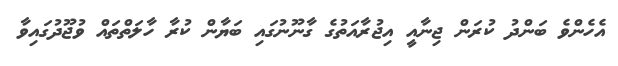
އެހެންވެ ބަންދު ކުރަން ޖިނާއީ އިޖުރާއަތުގެ ގާނޫނުގައި ބަޔާން ކުރާ ހާލަތްތައް ވުޖޫދުގައިވާ